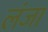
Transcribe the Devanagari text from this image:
लंजा